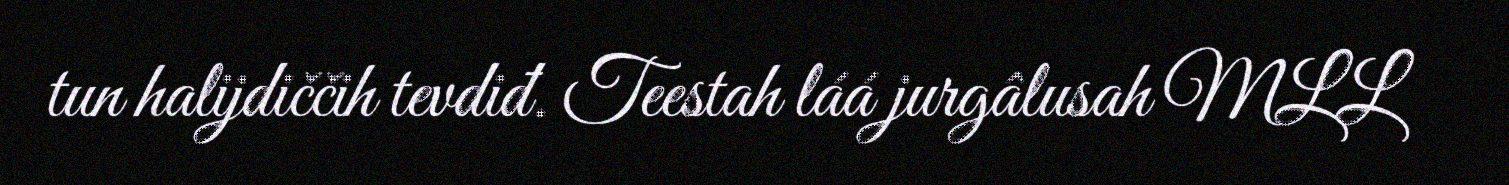
tun halijdiččih tevdiđ. Teestah láá jurgâlusah MLL